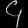
Digit: ၄